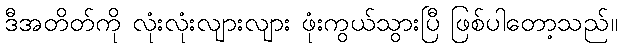
ဒီအတိတ်ကို လုံးလုံးလျားလျား ဖုံးကွယ်သွားပြီ ဖြစ်ပါတော့သည်။